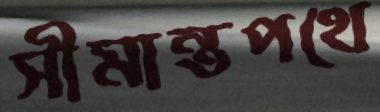
সীমান্তপথে